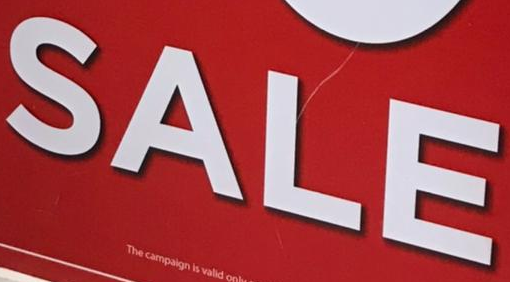
SALE